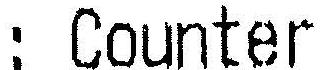
: COUNTER